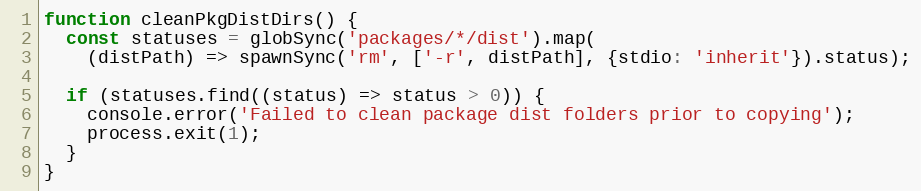
Language: JavaScript
function cleanPkgDistDirs() {
  const statuses = globSync('packages/*/dist').map(
    (distPath) => spawnSync('rm', ['-r', distPath], {stdio: 'inherit'}).status);

  if (statuses.find((status) => status > 0)) {
    console.error('Failed to clean package dist folders prior to copying');
    process.exit(1);
  }
}